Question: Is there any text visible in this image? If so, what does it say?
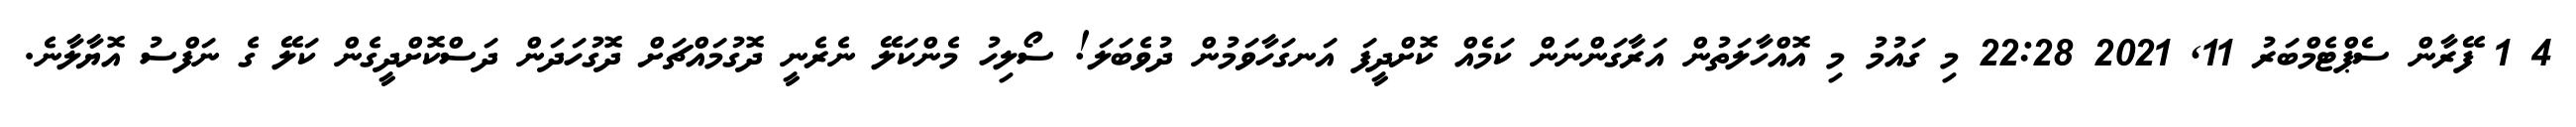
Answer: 4 1 ފޭރާން ސެޕްޓެމްބަރު 11, 2021 22:28 މި ގައުމު މި އޮއްހާލަތުން އަރާގަންނަން ކަމެއް ކޮށްދީފަ އަނގަހާވަމުން ދުވެބަލަ! ސޯލިހު މެންކަލޭ ނެރެނީ ދޮގުމައްޗަށް ދޮގުހަދަން ދަސްކޮށްދީގެން ކަލޭ ގެ ނަފްސު އޮޔާލާނެ.